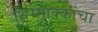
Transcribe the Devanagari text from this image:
थिम्माक्कांचा